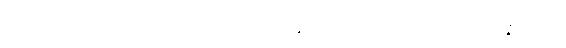
သန်လျက်ကာကို။ ဂဟေတွာ၊ ကိုင်စွဲ၍။ ဓနုကလာပံ၊ လေးတောင့်ကို။ သန္နယှိတွာ၊